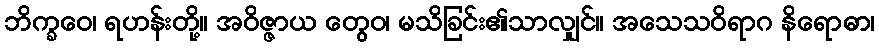
ဘိက္ခဝေ၊ ရဟန်းတို့။ အဝိဇ္ဇာယ တွေဝ၊ မသိခြင်း၏သာလျှင်။ အသေသဝိရာဂ နိရောဓာ၊